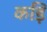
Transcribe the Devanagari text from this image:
कड़ि